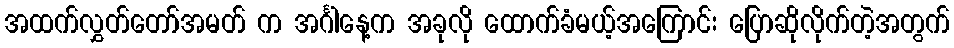
အထက်လွှတ်တော်အမတ် က အင်္ဂါနေ့က အခုလို ထောက်ခံမယ့်အကြောင်း ပြောဆိုလိုက်တဲ့အတွက်